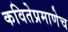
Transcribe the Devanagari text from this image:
कवितेप्रमाणेच